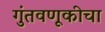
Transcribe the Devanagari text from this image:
गुंतवणूकीचा